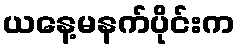
ယနေ့မနက်ပိုင်းက